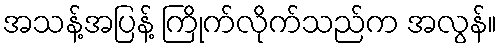
အသန့်အပြန့် ကြိုက်လိုက်သည်က အလွန်။